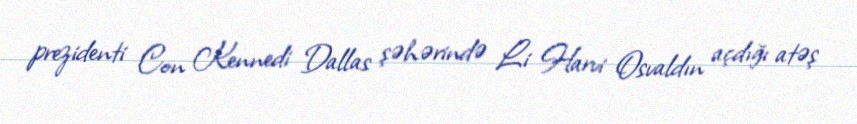
prezidenti Con Kennedi Dallas şəhərində Li Harvi Osvaldın açdığı atəş